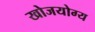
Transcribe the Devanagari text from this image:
खोजयोग्य